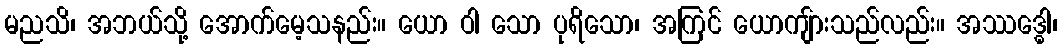
မညသိ၊ အဘယ်သို့ အောက်မေ့သနည်း။ ယော ဝါ သော ပုရိသော၊ အကြင် ယောကျ်ားသည်လည်း။ အဿဒ္ဓေါ၊